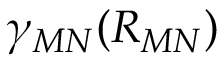
\gamma _ { M N } ( R _ { M N } )